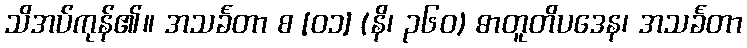
သိအပ်ကုန်၏။ အသင်္ခတာ စ [၀၁] (နိ၊ ၃၆၀) ဓာတူတိပဒေန၊ အသင်္ခတာ